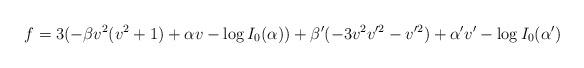
LaTeX: \begin{align*}f = 3(-\beta v^2(v^2+1)+\alpha v-\log I_{0}(\alpha))+\beta'(-3v^2v'^2-v'^2)+\alpha' v' -\log I_{0}(\alpha')\end{align*}